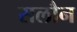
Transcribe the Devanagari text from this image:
सलौन